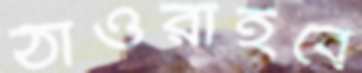
ঠাওরাইবে